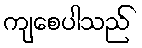
ကျစေပါသည်